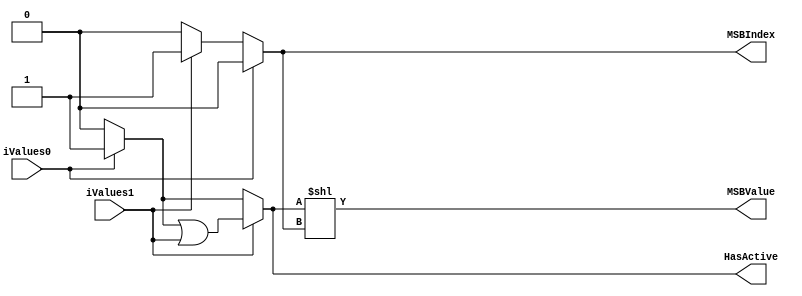
`timescale 1ns/1ps
`default_nettype none
// PLEASE READ THIS, IT MAY SAVE YOU SOME TIME AND MONEY, THANK YOU!
// * This file was generated by Quokka FPGA Toolkit.
// * Generated code is your property, do whatever you want with it
// * Place custom code between [BEGIN USER ***] and [END USER ***].
// * CAUTION: All code outside of [USER] scope is subject to regeneration.
// * Bad things happen sometimes in developer's life,
//   it is recommended to use source control management software (e.g. git, bzr etc) to keep your custom code safe'n'sound.
// * Internal structure of code is subject to change.
//   You can use some of signals in custom code, but most likely they will not exist in future (e.g. will get shorter or gone completely)
// * Please send your feedback, comments, improvement ideas etc. to evmuryshkin@gmail.com
// * Visit https://github.com/EvgenyMuryshkin/QuokkaEvaluation to access latest version of playground
//
// DISCLAIMER:
//   Code comes AS-IS, it is your responsibility to make sure it is working as expected
//   no responsibility will be taken for any loss or damage caused by use of Quokka toolkit.
//
// System configuration name is AXI4InteconnectModule_2x2_TopLevel_writeInterconnect_rangeDetectorArray1_encoder, clock frequency is 1Hz, Embedded
// FSM summary
// -- Packages
module AXI4InteconnectModule_2x2_TopLevel_writeInterconnect_rangeDetectorArray1_encoder
(
	// [BEGIN USER PORTS]
	// [END USER PORTS]
	input wire iValues0,
	input wire iValues1,
	output wire HasActive,
	output wire [0:0] MSBIndex,
	output wire [1:0] MSBValue
);
	// [BEGIN USER SIGNALS]
	// [END USER SIGNALS]
	localparam HiSignal = 1'b1;
	localparam LoSignal = 1'b0;
	wire Zero = 1'b0;
	wire One = 1'b1;
	wire true = 1'b1;
	wire false = 1'b0;
	wire signed [2: 0] inputWidth = 3'b010;
	wire signed [1: 0] resultWidth = 2'b01;
	wire AXI4EncoderModule_L30F13L39T14_AXI4EncoderModule_L31F46T51_Expr = 1'b0;
	wire AXI4EncoderModule_L45F13L54T14_AXI4EncoderModule_L46F31T36_Expr = 1'b0;
	wire [0: 0] internalEncoded;
	wire internalHasActive;
	wire [0: 0] AXI4EncoderModule_L30F13L39T14_AXI4EncoderModule_L31F30T73_Resize;
	reg [0: 0] AXI4EncoderModule_L30F13L39T14_result;
	integer idx;
	wire [0: 0] AXI4EncoderModule_L30F13L39T14_AXI4EncoderModule_L38F24T41_SignChange;
	wire [0: 0] AXI4EncoderModule_L30F13L39T14_AXI4EncoderModule_L38F24T62_Resize;
	reg AXI4EncoderModule_L45F13L54T14_result;
	integer idx1;
	wire [1: 0] AXI4EncoderModule_L59F40T101_ShiftLeft;
	wire [1: 0] AXI4EncoderModule_L59F40T121_Resize;
	wire [1: 0] AXI4EncoderModule_L59F40T101_Expr;
	wire [1: 0] AXI4EncoderModule_L59F40T101_Expr_1;
	wire Inputs_iValues [0 : 1];
	assign AXI4EncoderModule_L59F40T101_Expr = (AXI4EncoderModule_L59F40T101_Expr_1 << internalEncoded);
	always @ (*)
	begin
		idx = 2;
		AXI4EncoderModule_L30F13L39T14_result = AXI4EncoderModule_L30F13L39T14_AXI4EncoderModule_L31F30T73_Resize;
		for (idx = 2; (idx > 0); idx = (idx - 1))
		begin
			if (Inputs_iValues[(idx - 1)])
			begin
				AXI4EncoderModule_L30F13L39T14_result = (idx - 1);
			end
		end
	end
	always @ (*)
	begin
		idx1 = 0;
		AXI4EncoderModule_L45F13L54T14_result = AXI4EncoderModule_L45F13L54T14_AXI4EncoderModule_L46F31T36_Expr;
		for (idx1 = 0; (idx1 < 2); idx1 = (idx1 + 1))
		begin
			if (Inputs_iValues[idx1])
			begin
				AXI4EncoderModule_L45F13L54T14_result = (AXI4EncoderModule_L45F13L54T14_result | Inputs_iValues[idx1]);
			end
		end
	end
	assign AXI4EncoderModule_L59F40T101_Expr_1 = {
		1'b0,
		internalHasActive
	}
	;
	assign Inputs_iValues[0] = iValues0;
	assign Inputs_iValues[1] = iValues1;
	assign AXI4EncoderModule_L30F13L39T14_AXI4EncoderModule_L31F30T73_Resize[0] = AXI4EncoderModule_L30F13L39T14_AXI4EncoderModule_L31F46T51_Expr;
	assign AXI4EncoderModule_L30F13L39T14_AXI4EncoderModule_L38F24T41_SignChange = AXI4EncoderModule_L30F13L39T14_result;
	assign AXI4EncoderModule_L30F13L39T14_AXI4EncoderModule_L38F24T62_Resize = AXI4EncoderModule_L30F13L39T14_AXI4EncoderModule_L38F24T41_SignChange;
	assign internalEncoded = AXI4EncoderModule_L30F13L39T14_AXI4EncoderModule_L38F24T62_Resize;
	assign internalHasActive = AXI4EncoderModule_L45F13L54T14_result;
	assign HasActive = internalHasActive;
	assign MSBIndex = internalEncoded;
	assign AXI4EncoderModule_L59F40T101_ShiftLeft = AXI4EncoderModule_L59F40T101_Expr;
	assign AXI4EncoderModule_L59F40T121_Resize = AXI4EncoderModule_L59F40T101_ShiftLeft;
	assign MSBValue = AXI4EncoderModule_L59F40T121_Resize;
	// [BEGIN USER ARCHITECTURE]
	// [END USER ARCHITECTURE]
endmodule